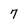
Character: 7